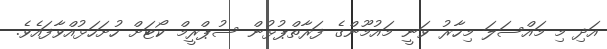
އަދި މި މައްސަލަ މިހާރު ވަނީ މައުމޫންގެ ފަރާތްޕުޅުން ސުޕްރީމް ކޯޓަށް ހުށަހަޅުއްވާފައެވެ.